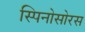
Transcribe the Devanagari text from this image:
स्‍पिनोसोरस